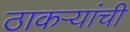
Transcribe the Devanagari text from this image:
ठाकऱ्यांची